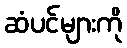
ဆံပင်များကို